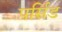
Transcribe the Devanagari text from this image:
पर्सिड